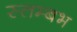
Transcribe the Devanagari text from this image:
स्तम्बभ